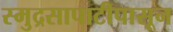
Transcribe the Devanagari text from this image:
स्मुद्रसापाटीपासून